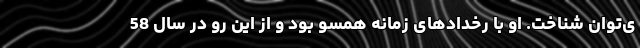
ی‌توان شناخت. او با رخدادهای زمانه همسو بود و از این رو در سال 58